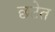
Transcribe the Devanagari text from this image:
छटेत